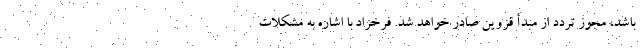
باشد، مجوز تردد از مبدأ قزوین صادر خواهد شد. فرخزاد با اشاره به مشکلات